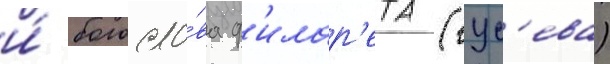
и́ богосло́ва ф'илар'ета (гус'ева)